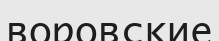
воровские